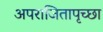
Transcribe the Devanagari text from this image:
अपराजितापृच्छा